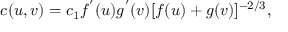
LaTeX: c ( u , v ) = c _ { 1 } f ^ { ' } ( u ) g ^ { ' } ( v ) [ f ( u ) + g ( v ) ] ^ { - 2 / 3 } ,